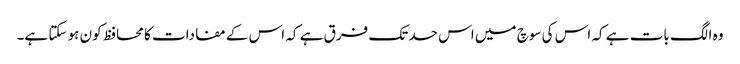
وہ الگ بات ہے کہ اس کی سوچ میں اس حد تک فرق ہے کہ اس کے مفادات کا محافظ کون ہو سکتا ہے۔